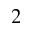
_ 2